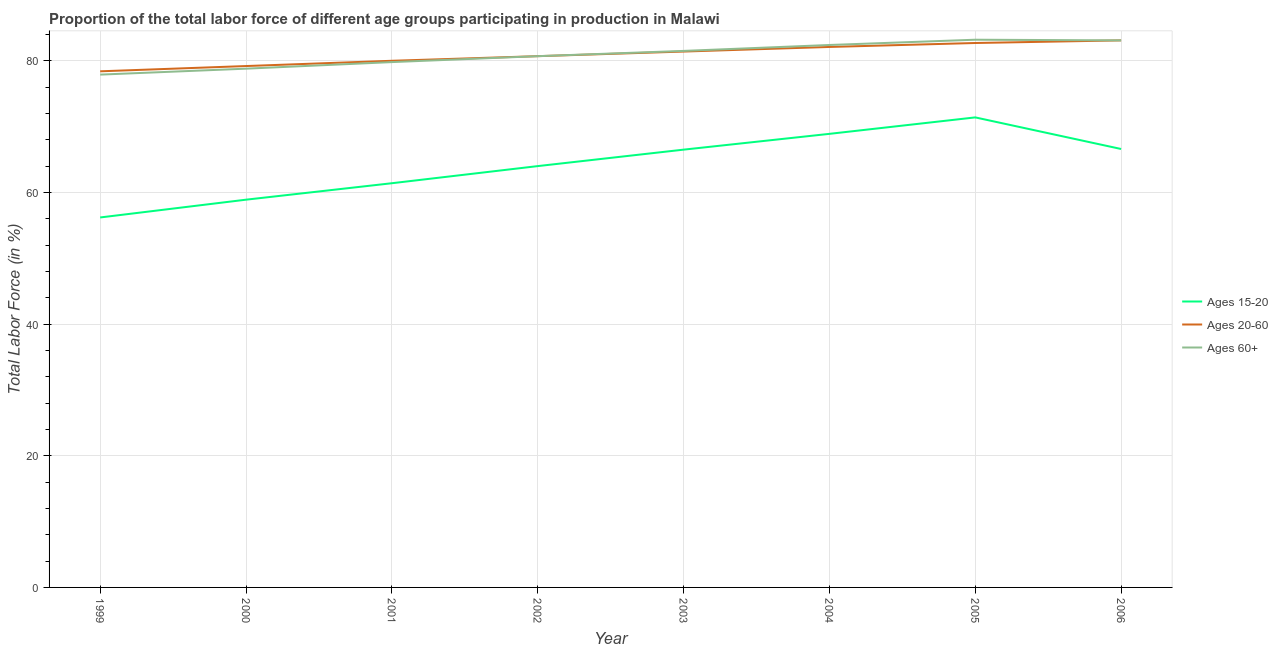
| Year | Ages 15-20 | Ages 20-60 | Ages 60+ |
 | --- | --- | --- | --- |
 | 1999 | 56.2 | 78.4 | 77.9 |
 | 2000 | 58.9 | 79.2 | 78.8 |
 | 2001 | 61.4 | 80 | 79.8 |
 | 2002 | 64 | 80.7 | 80.7 |
 | 2003 | 66.5 | 81.4 | 81.5 |
 | 2004 | 68.9 | 82.1 | 82.4 |
 | 2005 | 71.4 | 82.7 | 83.2 |
 | 2006 | 66.6 | 83.1 | 83.1 |